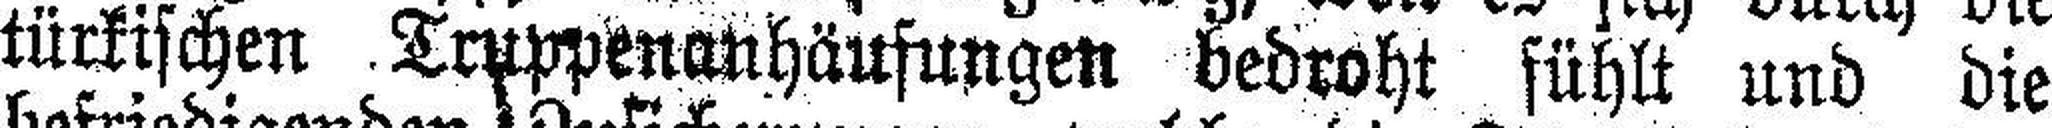
türkischen Truppenanhäufungen bedroht fühlt und die